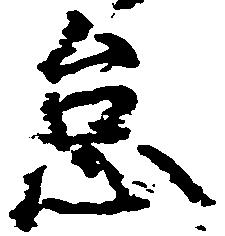
怠